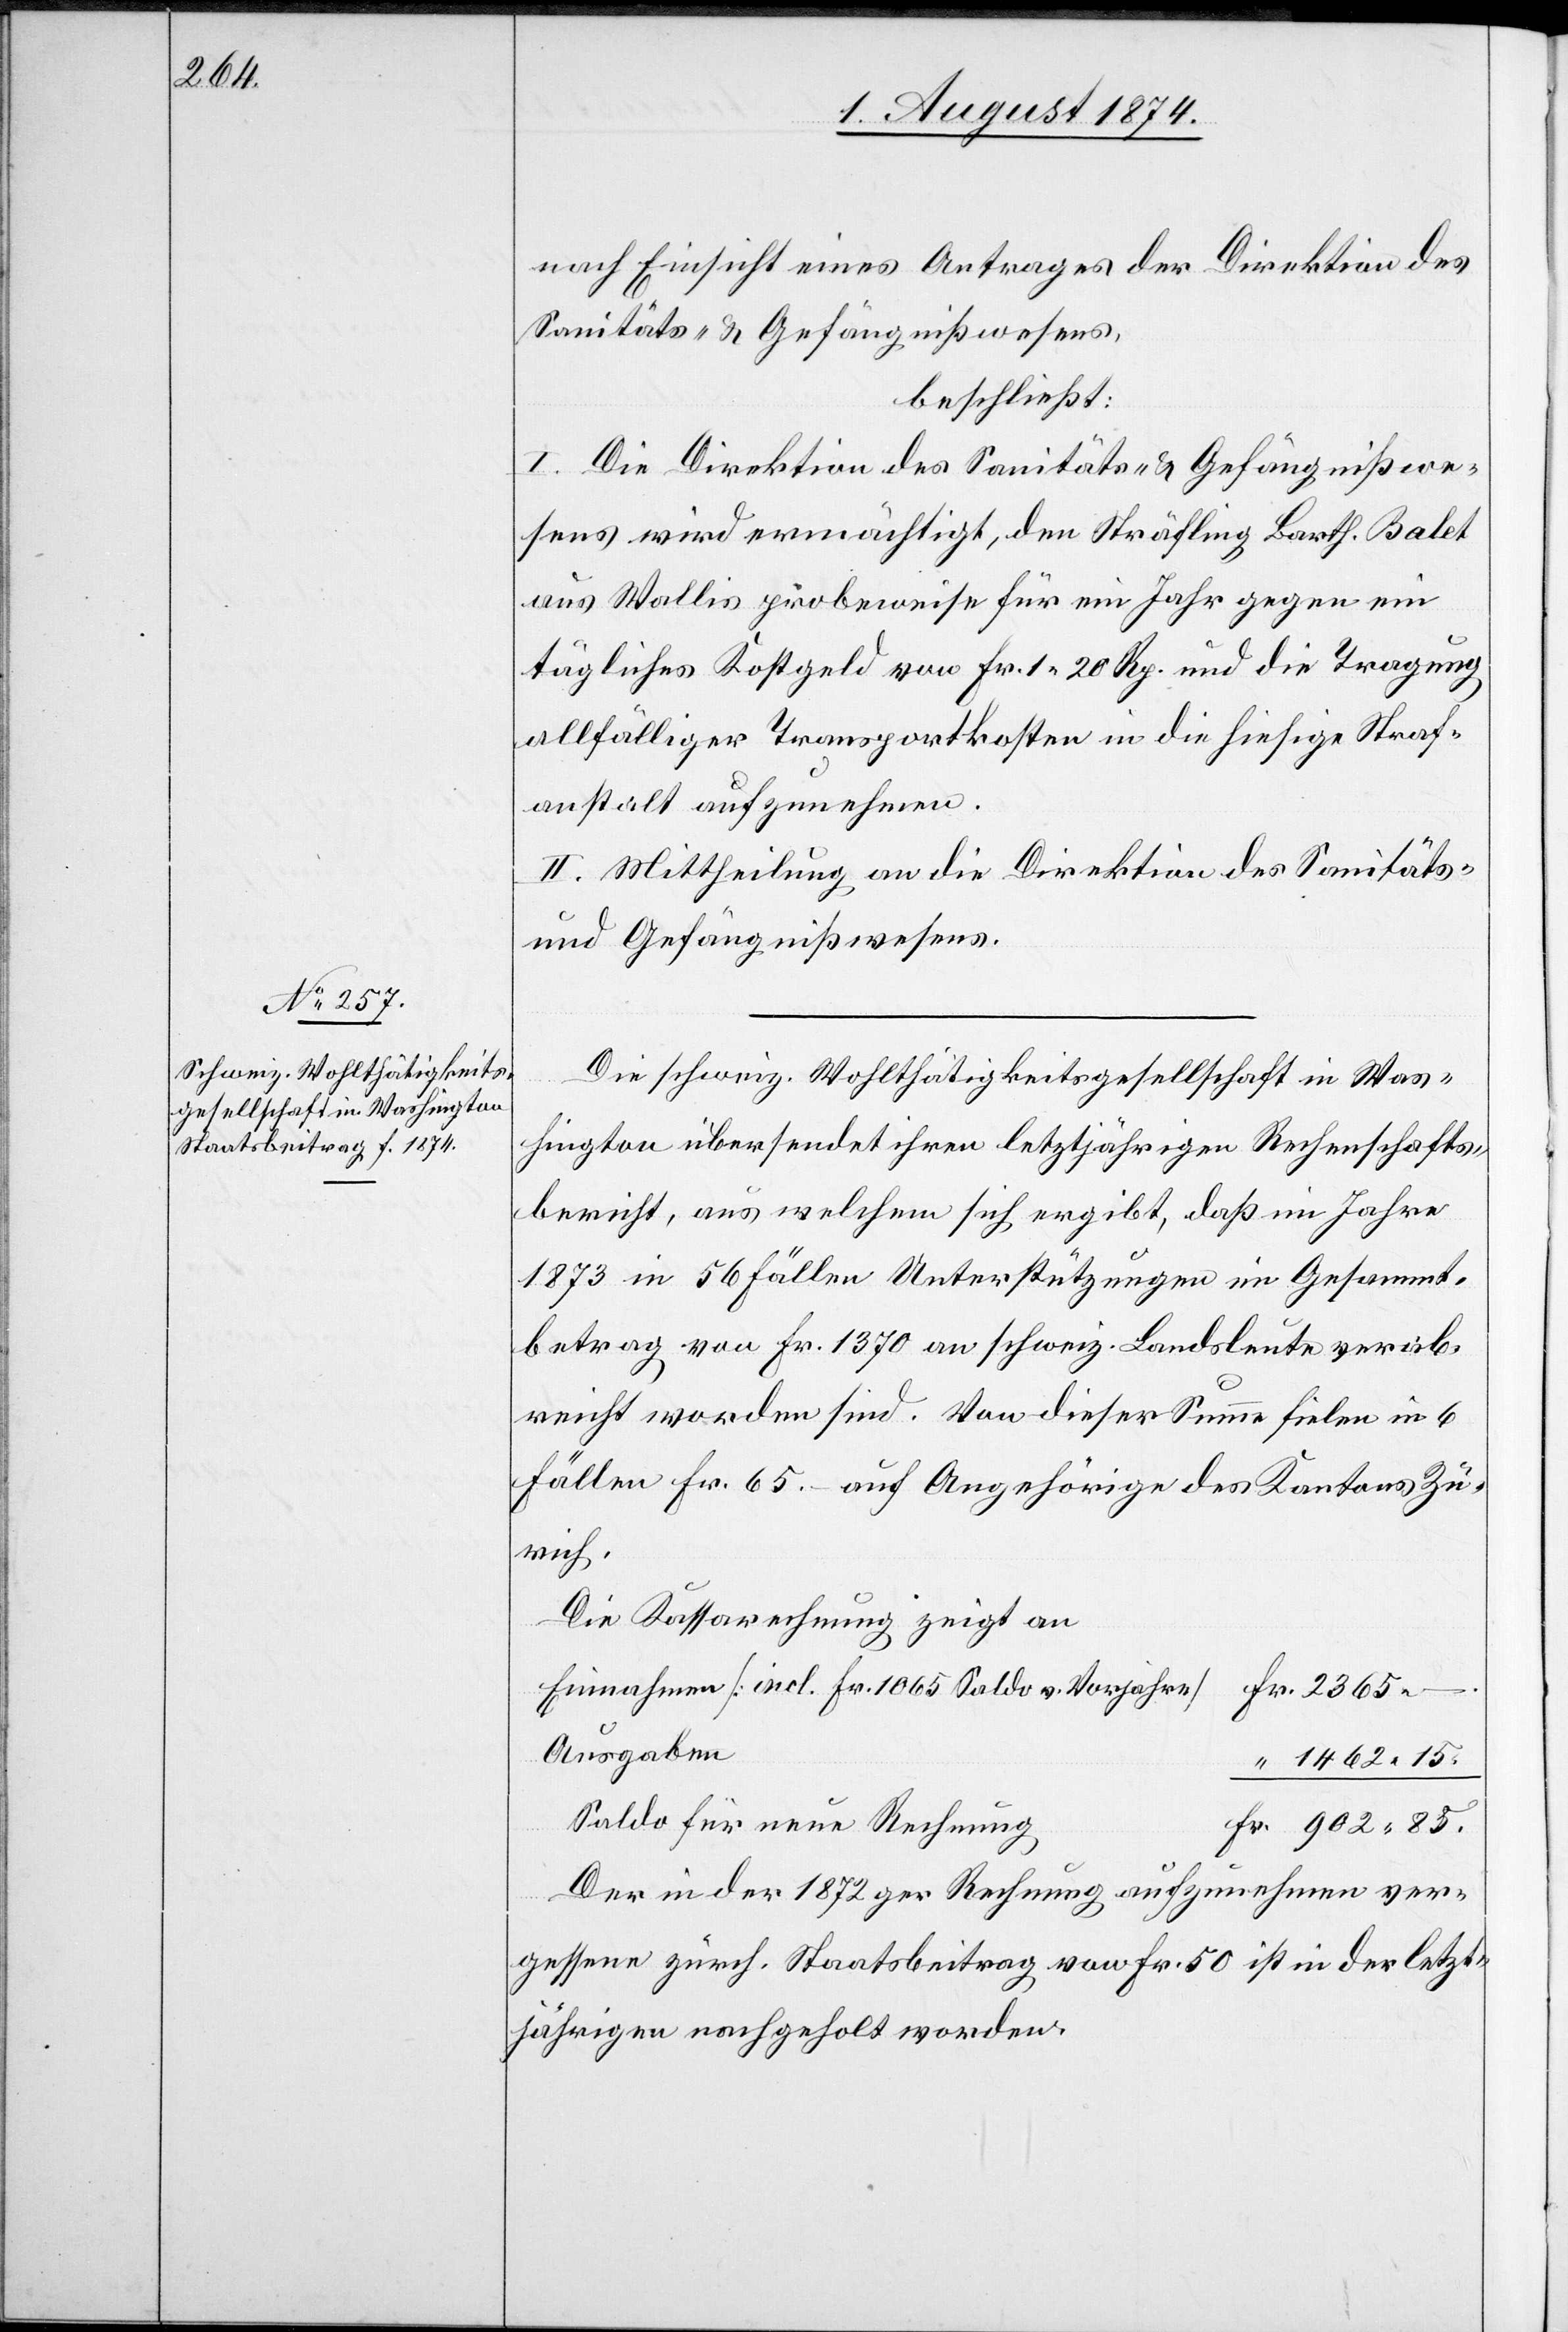
2365.

nach Einsicht eines Antrages der Direktion des
Sanitäts- u. Gefängnißwesens,
beschließt:
I. Die Direktion des Sanitäts- u. Gefängnißwe¬
sens wird ermächtigt, den Sträfling Barth. Balet
aus Wallis probeweise für ein Jahr gegen ein
tägliches Kostgeld von Fr. 1.20 Rp. und die Tragung
allfälliger Transportkosten in die hiesige Straf¬
anstalt aufzunehmen.
II. Mittheilung an die Direktion des Sanitäts-
und Gefängnißwesens.
Die schweiz. Wohlthätigkeitsgesellschaft in Was¬
hington übersendet ihren letztjährigen Rechenschafts¬
bericht, aus welchem sich ergibt, daß im Jahre
1873 in 56 Fällen Unterstützungen im Gesammt¬
betrag von Fr. 1370 an schweiz. Landsleute verab¬
reicht worden sind. Von dieser Summe fielen in 6
Fällen Fr. 65.– auf Angehörige des Kantons Zü¬
rich.
Die Kassarechnung zeigt an
Einnahmen [incl. Fr. 1065 Saldo v. Vorjahr]
Ausgaben
Saldo für neue Rechnung
Der in der 1872ger Rechnung aufzunehmen ver¬
gessene zürch. Staatsbeitrag von Fr. 50 ist in der letzt¬
jährigen nachgeholt worden.